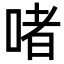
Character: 啫